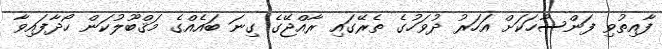
ފާއިތުވި ފަންސާހަކަށް އަހަރު ދުވަހުގެ ތެރޭގައި ރާއްޖޭގެ ގިނަ ބައެއްގެ މަޤްބޫލުކަން ހޯދާފައިވާ